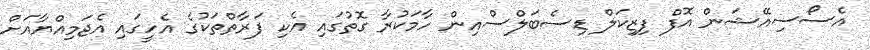
އެސޯސިއޭޝަން އޮފް ފިޒިކަލް ޑިސެބަލްސްއިން ހާމަކުރާ ގޮތުގައި އެކި ފަރާތްތަކުގެ އެހީގައި އެޖަމިއްޔާއަށް